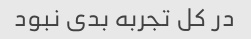
در کل تجربه بدی نبود